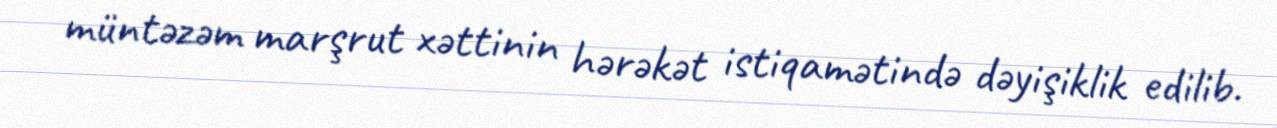
müntəzəm marşrut xəttinin hərəkət istiqamətində dəyişiklik edilib.